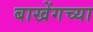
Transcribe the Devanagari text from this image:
बाखेंगच्या